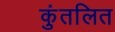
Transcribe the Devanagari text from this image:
कुंतलित